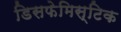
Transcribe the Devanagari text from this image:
डिसफेमिस्टिक